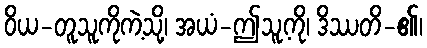
ဝိယ-တူသူကိုကဲ့သို့၊ အယံ-ဤသူ့ကို၊ ဒိဿတိ-၏၊